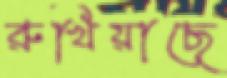
রুখিয়াছে